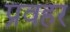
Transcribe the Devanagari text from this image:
प्रवहर